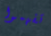
تفهموا